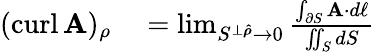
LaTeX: \begin{array}{rl}{(\operatorname{curl}\mathbf{A})_{\rho}}&{{}=\operatorname*{lim}_{S^{\perp{\boldsymbol{\hat{\rho}}}}\to 0}{\frac{\int_{\partial S}\mathbf{A}\cdot d\mathbf{\ell}}{\iint_{S}dS}}}\end{array}